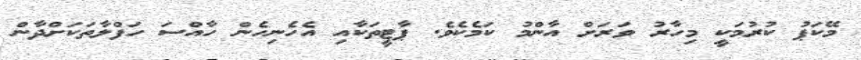
މޭކަޕު ކުރުމަކީ މިހާރު ވަރަށް އާންމު ކަމެކެވެ. ޕާޓީތަކާއި އެހެނިހެން ހާއްސަ ހަފްލާތަކަށްދާން